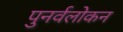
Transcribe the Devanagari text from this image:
पुनर्वलोकन